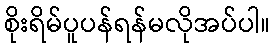
စိုးရိမ်ပူပန်ရန်မလိုအပ်ပါ။